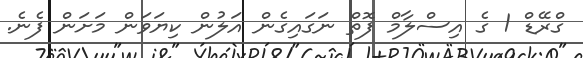
ގްރޭޑް 1 ގެ އިސްލާމް ފޮތް ނަގައިގެން އަލުން ކިޔަވަން މަށަން ފެނެ.